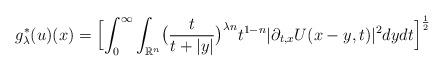
LaTeX: \begin{align*} g^{*}_{\lambda}(u)(x) = \Bigl[ \int_{0}^{\infty} \int_{\mathbb{R}^{n}} \bigl(\frac{t}{t+|y|}\bigr)^{\lambda n} t^{1-n} |\partial_{t,x} U(x-y,t)|^{2} dydt \Bigr]^{\frac12}\end{align*}